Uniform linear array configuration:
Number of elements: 16
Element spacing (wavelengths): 0.25
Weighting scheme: blackman
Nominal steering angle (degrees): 60
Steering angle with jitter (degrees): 59.85
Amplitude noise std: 0.05
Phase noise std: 0.05

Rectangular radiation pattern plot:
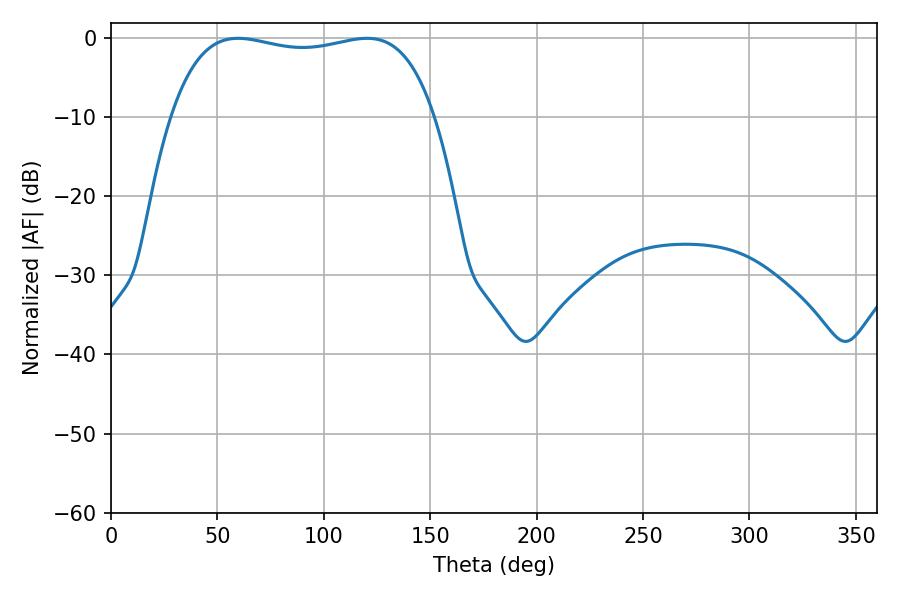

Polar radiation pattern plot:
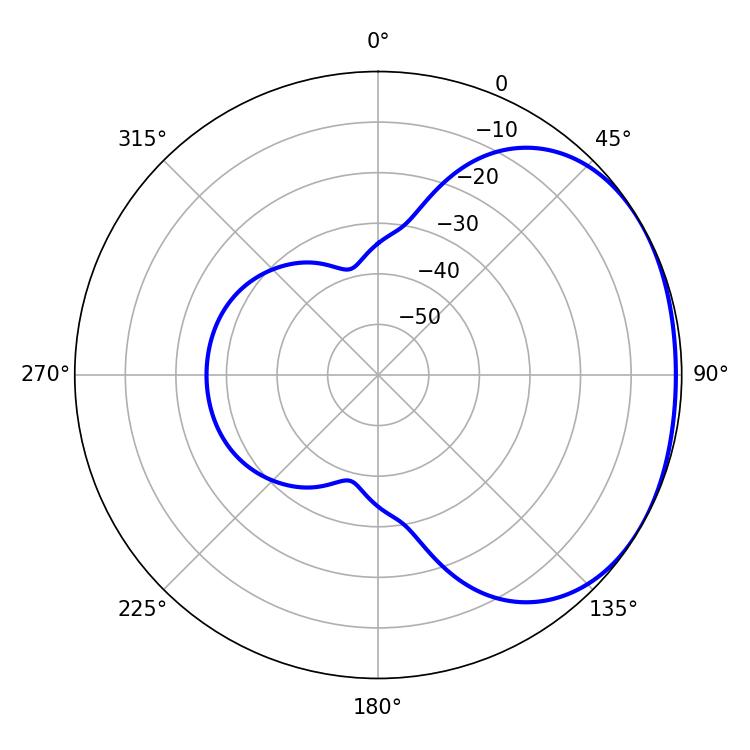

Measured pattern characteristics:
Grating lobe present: FALSE
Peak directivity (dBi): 1.592
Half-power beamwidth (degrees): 99.72
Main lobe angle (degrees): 59.76